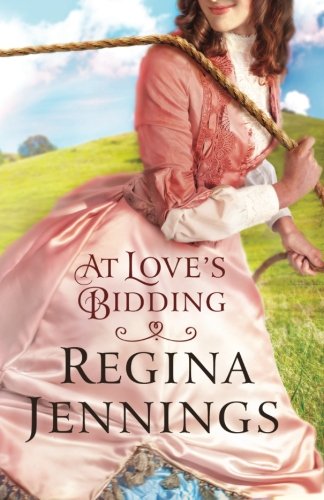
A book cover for At Love's Bidding; Regina Jennings; Romance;